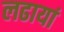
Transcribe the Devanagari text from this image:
लढायां